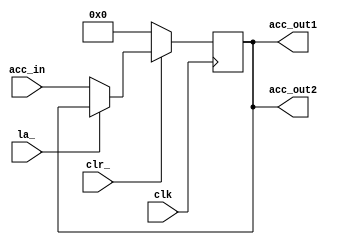
// This program was cloned from: https://github.com/lnis-uofu/OpenFPGA
// License: MIT License

module ACC(
	output [7:0] acc_out1,
	output [7:0] acc_out2,
	input [7:0] acc_in,
	input la_,
	input clk,
	input clr_
	);
	
	reg [7:0] q;
	
	always @(posedge clk)
		if (~clr_) q <= 8'b0;
		else if(~la_) q <= acc_in;	
	
	assign acc_out1 = q;
	assign acc_out2 = q;
	
endmodule